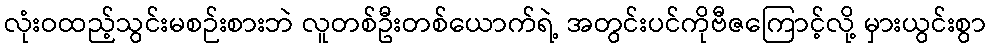
လုံးဝထည့်သွင်းမစဉ်းစားဘဲ လူတစ်ဦးတစ်ယောက်ရဲ့ အတွင်းပင်ကိုဗီဇကြောင့်လို့ မှားယွင်းစွာ